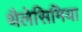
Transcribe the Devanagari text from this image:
थैलेसिमिया